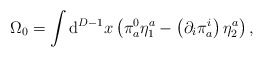
\begin{align*}\Omega _{0}=\int \mathrm{d}^{D-1}x\left( \pi _{a}^{0}\eta _{1}^{a}-\left(\partial _{i}\pi _{a}^{i}\right) \eta _{2}^{a}\right) , \end{align*}